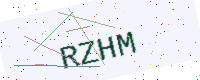
Text: RZHM